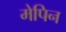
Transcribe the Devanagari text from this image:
मेपिन